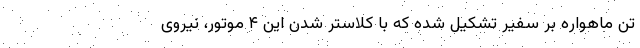
تن ماهواره بر سفیر تشکیل شده که با کلاستر شدن این ۴ موتور، نیروی